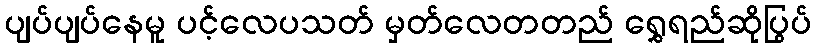
ပျပ်ပျပ်နေမူ ပင့်လေပသတ် မှတ်လေတတည် ရွှေရည်ဆိုပြွပ်